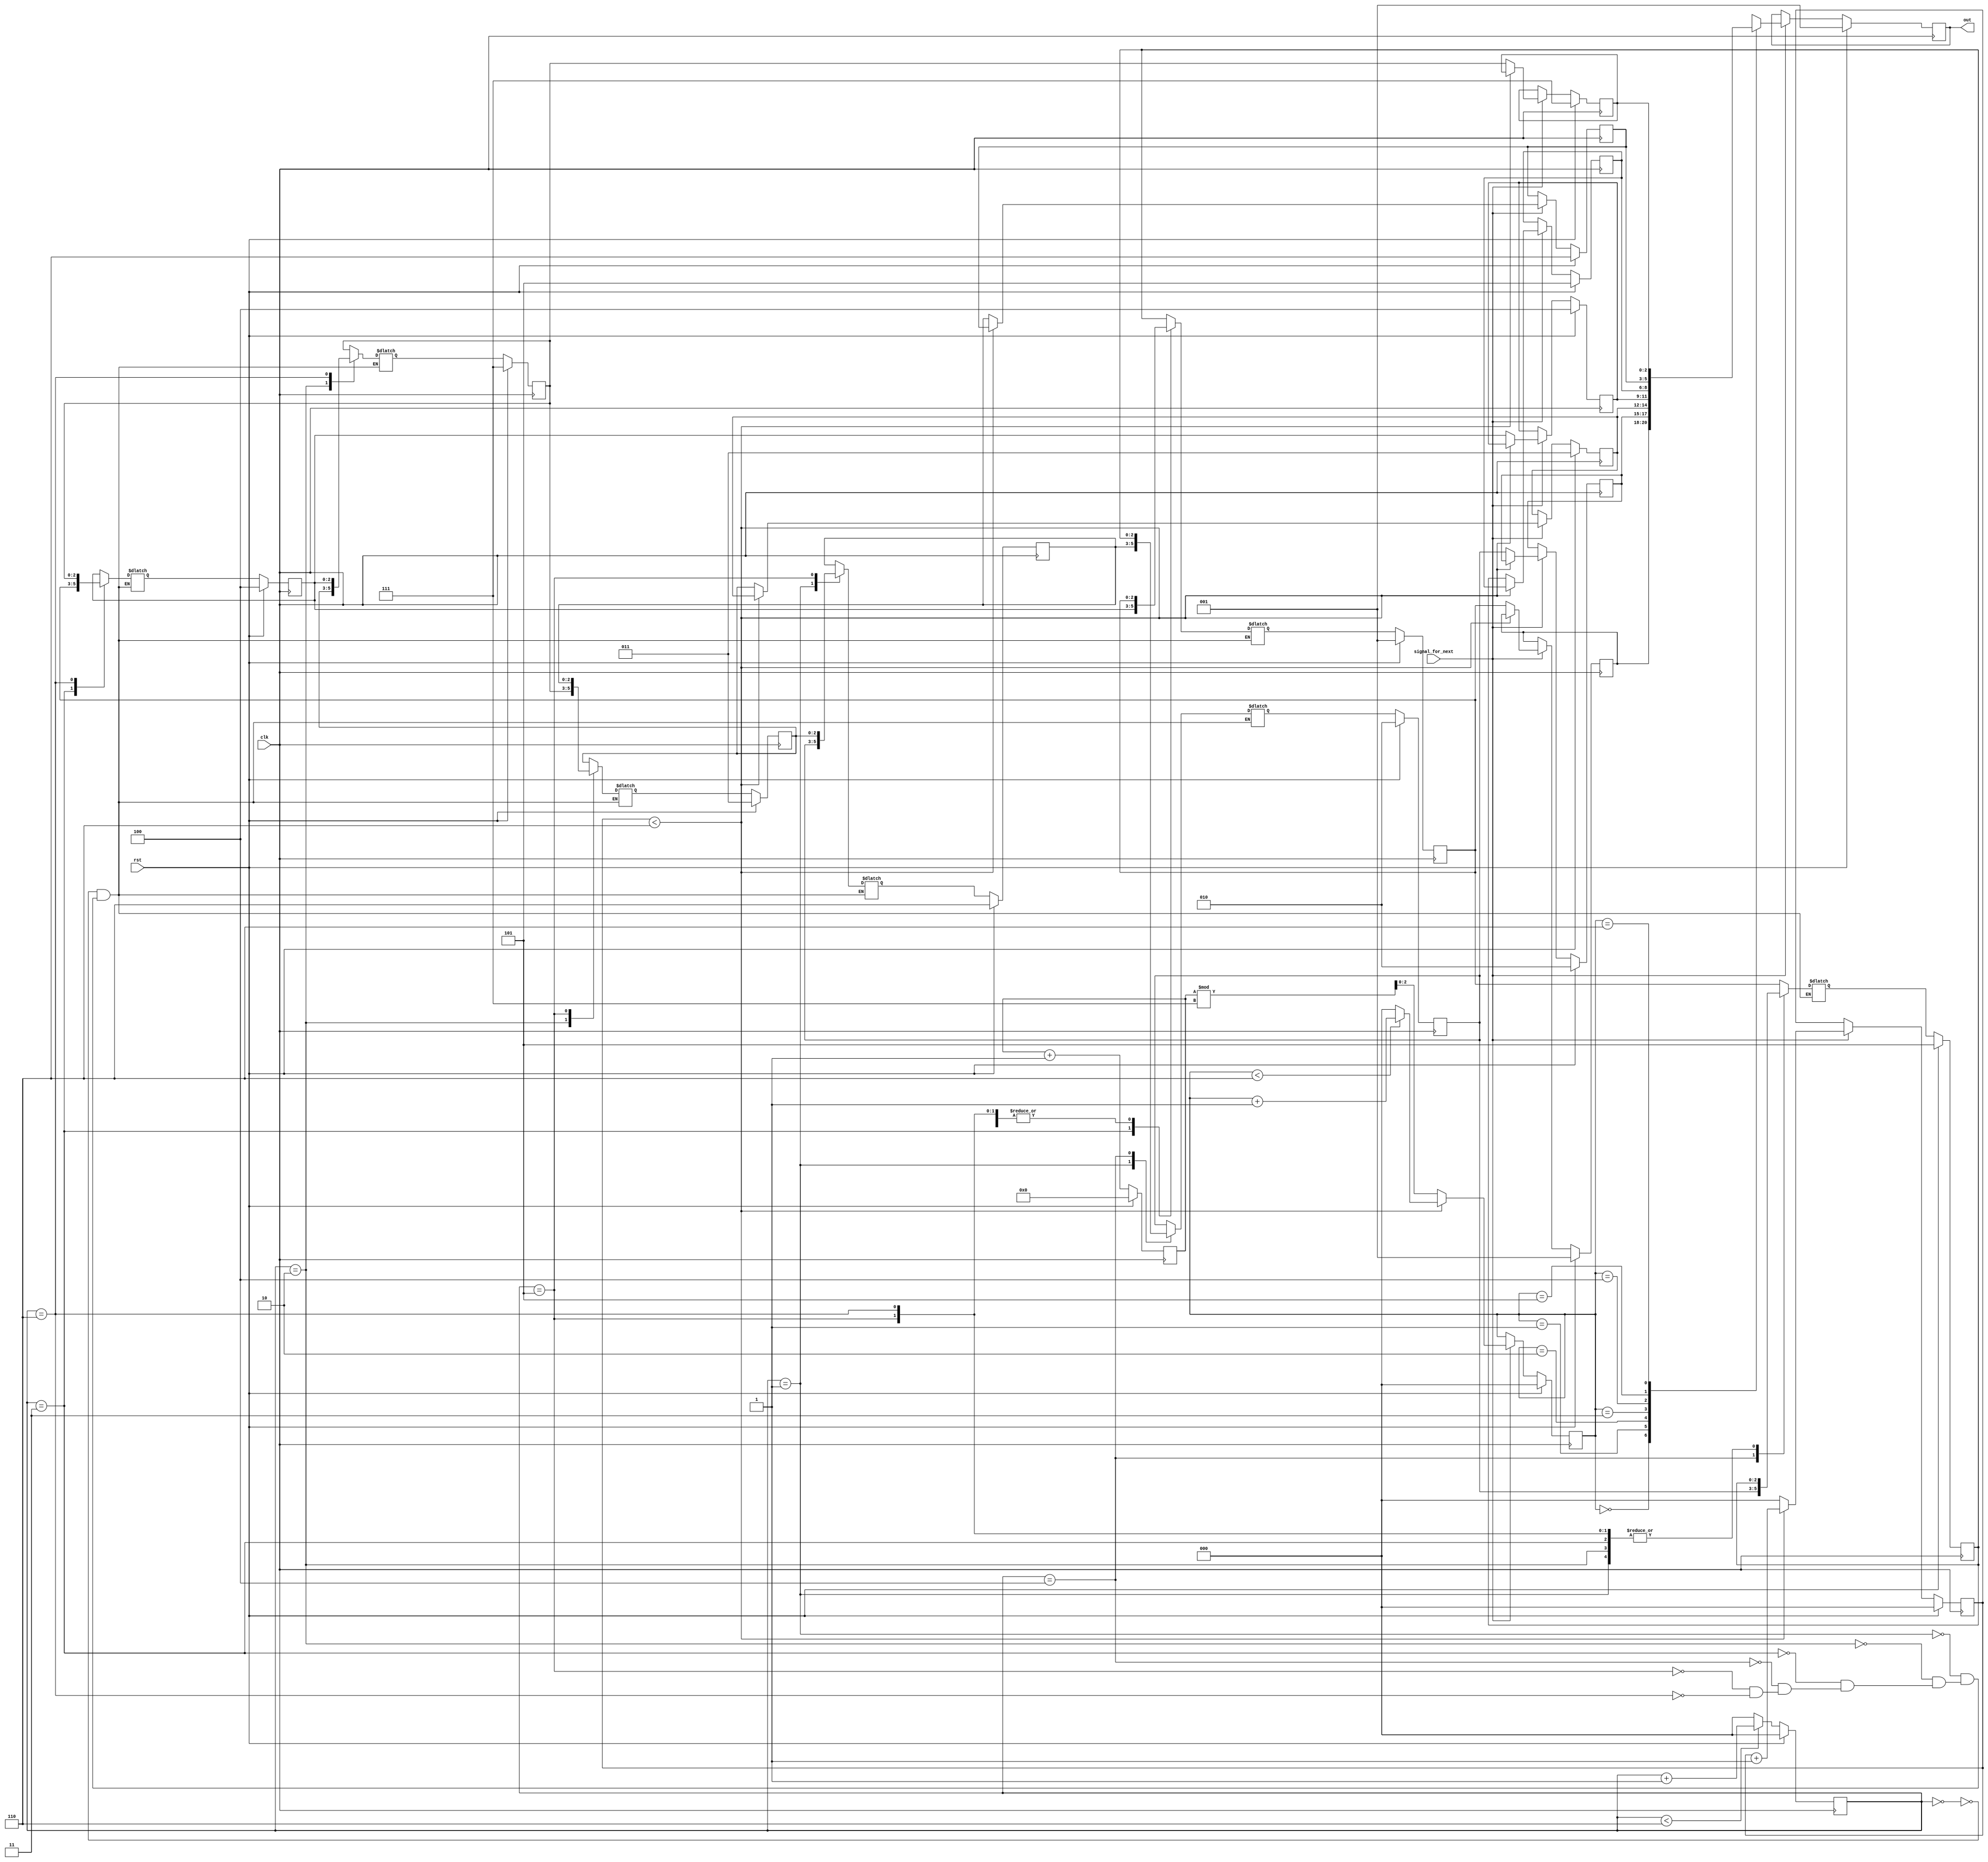
`timescale 1ns / 1ps
module random_tetris(clk, rst, signal_for_next, out);
	input clk, rst;
	input signal_for_next;
	output reg [2:0] out;
	//C|CPAHA@|A}ls@
	reg [2:0] nextout;
	reg [2:0] cnt, nextcnt;//nowX
	reg [2:0] isseven, nextisseven;//eX
	reg [9:0] howmanyclk, nexthowmanyclk;//gLXclk
	reg [2:0] now [6:0];//e
	reg [2:0] nextnow [6:0];
	reg [2:0] arr [6:0];//@sAeoAnow
	reg [2:0] nextarr [6:0];
	reg [2:0] label, nextlabel;//Mwarrs
	always@(posedge clk)begin
		if(rst)begin
			out <= 3'b001;
			cnt <= 3'd0;
			isseven <= 3'd0;
			howmanyclk <= 10'd0;
			{now[6], now[5], now[4], now[3], now[2], now[1], now[0]} <= 21'b111_110_101_100_011_010_001;
			{arr[6], arr[5], arr[4], arr[3], arr[2], arr[1], arr[0]} <= 21'b111_110_101_100_011_010_001;
			label <= 3'b000;
		end
		else begin
			out <= nextout;
			cnt <= nextcnt;
			isseven <= nextisseven;
			howmanyclk <= nexthowmanyclk;
			{now[6], now[5], now[4], now[3], now[2], now[1], now[0]} <= {nextnow[6], nextnow[5], nextnow[4], nextnow[3], nextnow[2], nextnow[1], nextnow[0]};
			{arr[6], arr[5], arr[4], arr[3], arr[2], arr[1], arr[0]} <= {nextarr[6], nextarr[5], nextarr[4], nextarr[3], nextarr[2], nextarr[1], nextarr[0]};
			label <= nextlabel;
		end
	end
	always@(*)begin
		if((signal_for_next == 1'b1))begin
			nextout = now[cnt];
			if(isseven < 3'd6)begin//eoS
			    nextisseven = isseven + 3'd1; 
			    {nextnow[6], nextnow[5], nextnow[4], nextnow[3], nextnow[2], nextnow[1], nextnow[0]} = {now[6], now[5], now[4], now[3], now[2], now[1], now[0]};
			    if(cnt < 3'd6)begin
                    nextcnt = cnt + 3'd1;
                end
                else begin
                    nextcnt = 3'd0;
                end
			end
			else begin//FAs
			    nextisseven = 3'd0;
			    nextcnt = howmanyclk % 7;
			    {nextnow[6], nextnow[5], nextnow[4], nextnow[3], nextnow[2], nextnow[1], nextnow[0]} = {arr[6], arr[5], arr[4], arr[3], arr[2], arr[1], arr[0]};
			end
		end
		else begin
			nextout = out;
			nextcnt = cnt;
			nextisseven = isseven;
			{nextnow[6], nextnow[5], nextnow[4], nextnow[3], nextnow[2], nextnow[1], nextnow[0]} = {now[6], now[5], now[4], now[3], now[2], now[1], now[0]};
		end
	end
	always@(*)begin
	    nexthowmanyclk = howmanyclk + 10'd1;
		if(label < 3'd6)begin
			nextlabel = label + 3'd1;
		end
		else begin
			nextlabel = 3'd0;
		end
	end
	always@(*)begin
		case(label)//_s
			3'd0:begin
				{nextarr[6], nextarr[5], nextarr[4], nextarr[3], nextarr[2], nextarr[1], nextarr[0]} = {arr[6], arr[5], arr[0], arr[3], arr[2], arr[1], arr[4]};
			end
			3'd1:begin
				{nextarr[6], nextarr[5], nextarr[4], nextarr[3], nextarr[2], nextarr[1], nextarr[0]} = {arr[6], arr[1], arr[4], arr[3], arr[2], arr[5], arr[0]};
			end
			3'd2:begin
				{nextarr[6], nextarr[5], nextarr[4], nextarr[3], nextarr[2], nextarr[1], nextarr[0]} = {arr[2], arr[5], arr[4], arr[3], arr[6], arr[1], arr[0]};
			end
			3'd3:begin
				{nextarr[6], nextarr[5], nextarr[4], nextarr[3], nextarr[2], nextarr[1], nextarr[0]} = {arr[6], arr[5], arr[4], arr[0], arr[2], arr[1], arr[3]};
			end
			3'd4:begin
				{nextarr[6], nextarr[5], nextarr[4], nextarr[3], nextarr[2], nextarr[1], nextarr[0]} = {arr[6], arr[5], arr[1], arr[3], arr[2], arr[4], arr[0]};
			end
			3'd5:begin
				{nextarr[6], nextarr[5], nextarr[4], nextarr[3], nextarr[2], nextarr[1], nextarr[0]} = {arr[6], arr[2], arr[4], arr[3], arr[5], arr[1], arr[0]};
			end
			3'd6:begin
				{nextarr[6], nextarr[5], nextarr[4], nextarr[3], nextarr[2], nextarr[1], nextarr[0]} = {arr[3], arr[5], arr[4], arr[6], arr[2], arr[1], arr[0]};
			end
		endcase
	end
endmodule